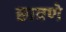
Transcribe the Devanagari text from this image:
छावणे